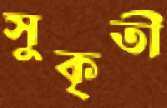
সুকৃতী